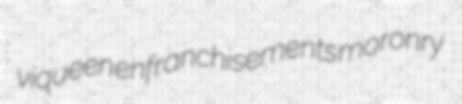
viqueen enfranchisements moronry